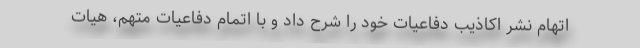
اتهام نشر اکاذیب دفاعیات خود را شرح داد و با اتمام دفاعیات متهم، هیات